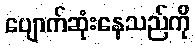
ပျောက်ဆုံးနေသည်ကို